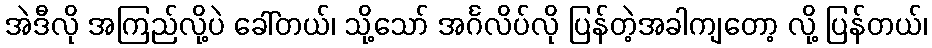
အဲဒီလို အကြည်လို့ပဲ ခေါ်တယ်၊ သို့သော် အင်္ဂလိပ်လို ပြန်တဲ့အခါကျတော့ လို့ ပြန်တယ်၊